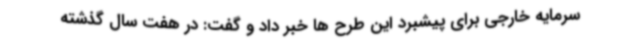
سرمایه خارجی برای پیشبرد این طرح ها خبر داد و گفت: در هفت سال گذشته